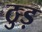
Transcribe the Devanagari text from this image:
ठुड़